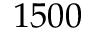
1 5 0 0